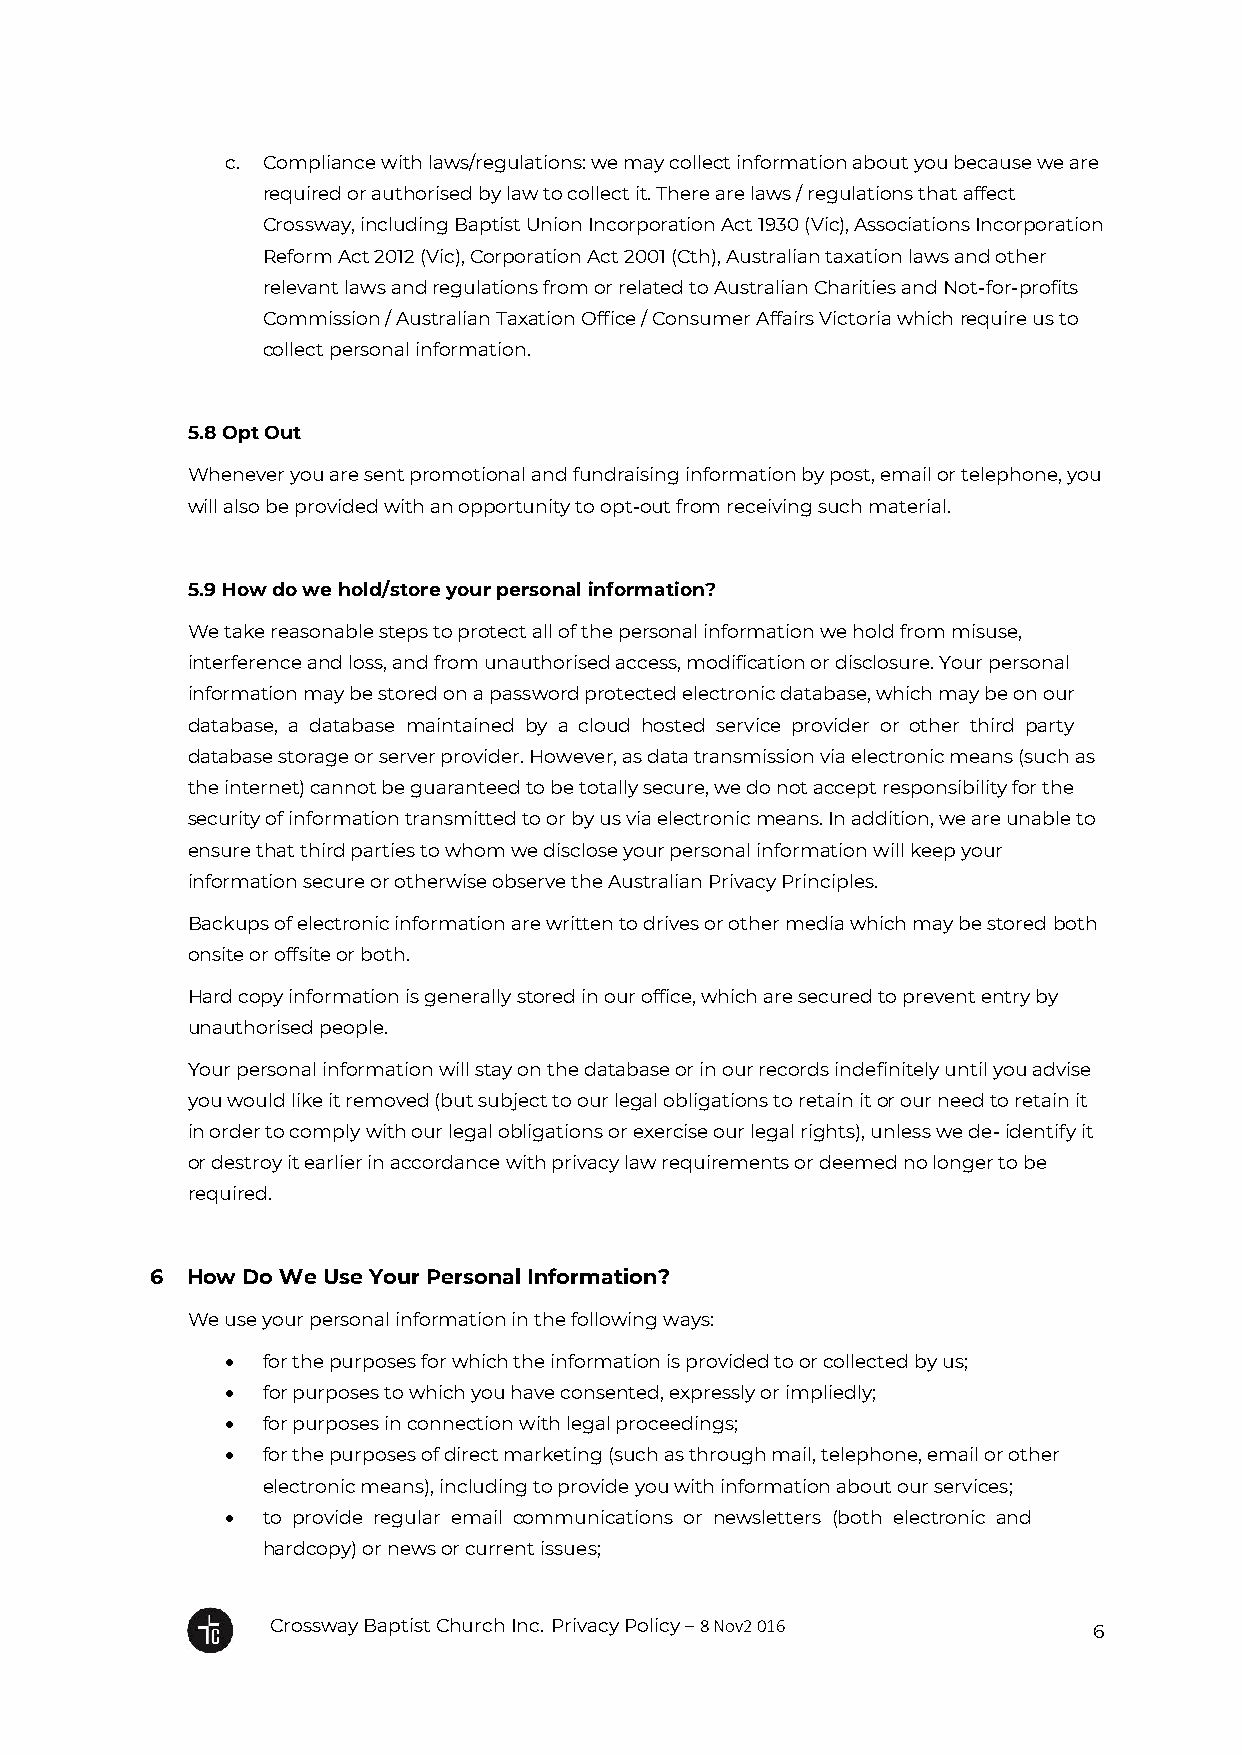
c. Compliance with laws/regulations: we may collect information about you because we are
 required or authorised by law to collect it. There are laws / regulations that affect
 Crossway, including Baptist Union Incorporation Act 1930 (Vic), Associations Incorporation
 Reform Act 2012 (Vic), Corporation Act 2001 (Cth), Australian taxation laws and other
 relevant laws and regulations from or related to Australian Charities and Not-for-profits
 Commission / Australian Taxation Office / Consumer Affairs Victoria which require us to
 collect personal information.
 5.8 Opt Out
 Whenever you are sent promotional and fundraising information by post, email or telephone, you
 will also be provided with an opportunity to opt-out from receiving such material.
 5.9 How do we hold/store your personal information?
 We take reasonable steps to protect all of the personal information we hold from misuse,
 interference and loss, and from unauthorised access, modification or disclosure. Your personal
 information may be stored on a password protected electronic database, which may be on our
 database, a database maintained by a cloud hosted service provider or other third party
 database storage or server provider. However, as data transmission via electronic means (such as
 the internet) cannot be guaranteed to be totally secure, we do not accept responsibility for the
 security of information transmitted to or by us via electronic means. In addition, we are unable to
 ensure that third parties to whom we disclose your personal information will keep your
 information secure or otherwise observe the Australian Privacy Principles.
 Backups of electronic information are written to drives or other media which may be stored both
 onsite or offsite or both.
 Hard copy information is generally stored in our office, which are secured to prevent entry by
 unauthorised people.
 Your personal information will stay on the database or in our records indefinitely until you advise
 you would like it removed (but subject to our legal obligations to retain it or our need to retain it
 in order to comply with our legal obligations or exercise our legal rights), unless we de- identify it
 or destroy it earlier in accordance with privacy law requirements or deemed no longer to be
 required.
 6 How Do We Use Your Personal Information?
 We use your personal information in the following ways:
  for the purposes for which the information is provided to or collected by us;
  for purposes to which you have consented, expressly or impliedly;
  for purposes in connection with legal proceedings;
  for the purposes of direct marketing (such as through mail, telephone, email or other
 electronic means), including to provide you with information about our services;
  to provide regular email communications or newsletters (both electronic and
 hardcopy) or news or current issues;
 Crossway Baptist Church Inc. Privacy Policy – 8 Nov2 016
 6